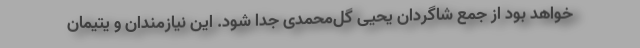
خواهد بود از جمع شاگردان یحیی گل‌محمدی جدا شود. این نیازمندان و یتیمان